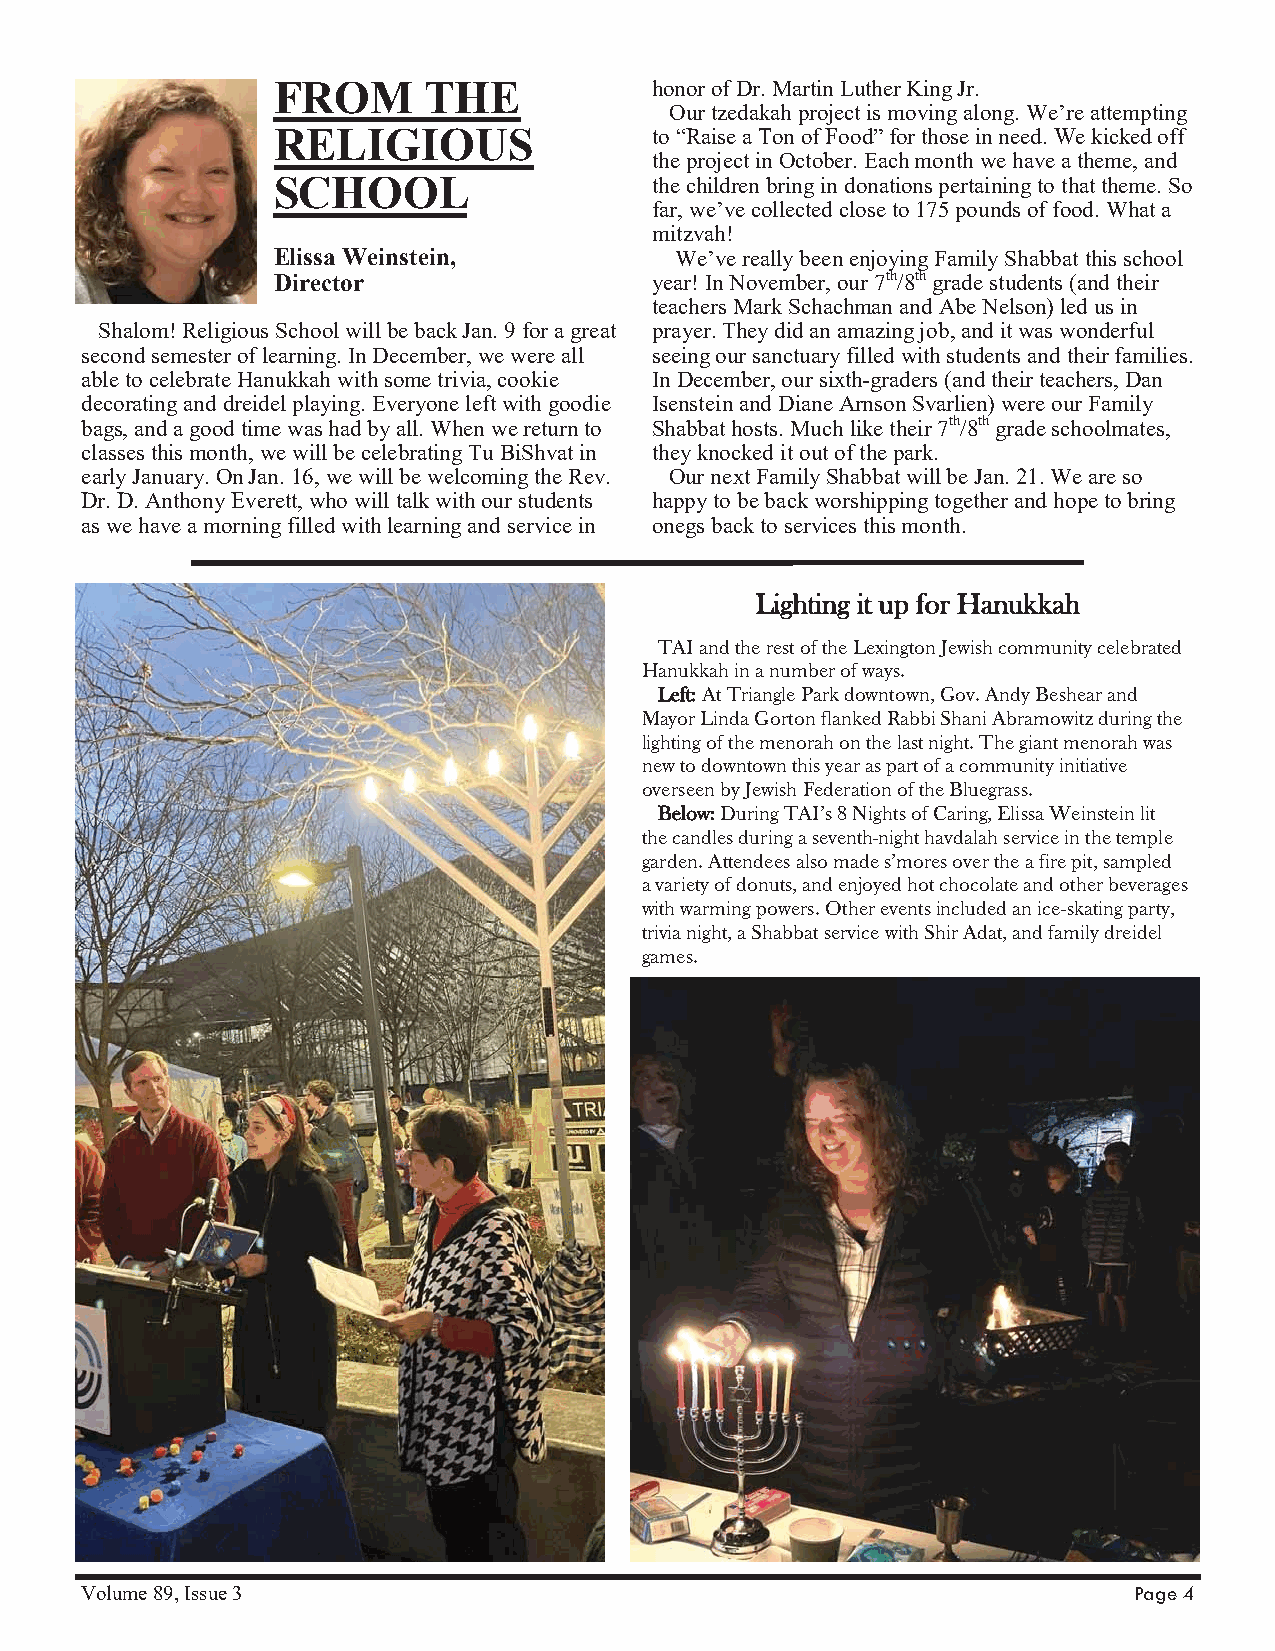
FROM      THE            honor of Dr. Martin Luther King Jr.
 Our tzedakah project is moving along. We’re attempting
 RELIGIOUS                to “Raise a Ton of Food” for those in need. We kicked off
 the project in October. Each month we have a theme, and
 SCHOOL                   the children bring in donations pertaining to that theme. So
 far, we’ve collected close to 175 pounds of food. What a
 mitzvah!
 Elissa Weinstein,          We’ve really been enjoying Family Shabbat this school
 Director                 year! In November, our 7th/8th grade students (and their
 teachers Mark Schachman and Abe Nelson) led us in
 Shalom! Religious School will be back Jan. 9 for a great prayer. They did an amazing job, and it was wonderful
 second semester of learning. In December, we were all seeing our sanctuary filled with students and their families.
 able to celebrate Hanukkah with some trivia, cookie In December, our sixth-graders (and their teachers, Dan
 decorating and dreidel playing. Everyone left with goodie Isenstein and Diane Arnson Svarlien) were our Family
 bags, and a good time was had by all. When we return to Shabbat hosts. Much like their 7th/8th grade schoolmates,
 classes this month, we will be celebrating Tu BiShvat in they knocked it out of the park.
 early January. On Jan. 16, we will be welcoming the Rev. Our next Family Shabbat will be Jan. 21. We are so
 Dr. D. Anthony Everett, who will talk with our students happy to be back worshipping together and hope to bring
 as we have a morning filled with learning and service in onegs back to services this month.
 Lighting it up for Hanukkah
 TAI and the rest of the Lexington Jewish community celebrated
 Hanukkah in a number of ways.
 Left: At Triangle Park downtown, Gov. Andy Beshear and
 Mayor Linda Gorton flanked Rabbi Shani Abramowitz during the
 lighting of the menorah on the last night. The giant menorah was
 new to downtown this year as part of a community initiative
 overseen by Jewish Federation of the Bluegrass.
 BBelow: During TAI’s 8 Nights of Caring, Elissa Weinstein lit
 the candles during a seventh-night havdalah service in the temple
 garden. Attendees also made s’mores over the a fire pit, sampled
 a variety of donuts, and enjoyed hot chocolate and other beverages
 with warming powers. Other events included an ice-skating party,
 trivia night, a Shabbat service with Shir Adat, and family dreidel
 games.
 Volume 89, Issue 3                                                    Page 4